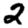
Digit: 2